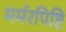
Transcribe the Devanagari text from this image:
मर्मरपिष्टि